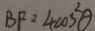
B F = 4 \cos ^ { 2 } \theta